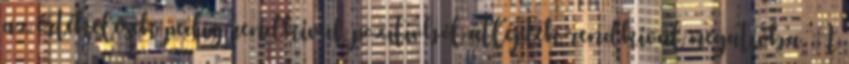
az értékelések pedig rendkívül pozitívból átléptek rendkívül negatívba. A